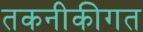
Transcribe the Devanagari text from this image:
तकनीकीगत